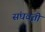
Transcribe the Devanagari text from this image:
संघवृत्ती